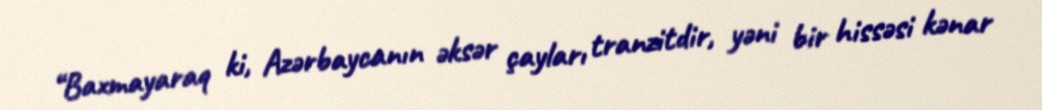
“Baxmayaraq ki, Azərbaycanın əksər çayları tranzitdir, yəni bir hissəsi kənar